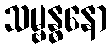
သမ္ဗန္ဓနော